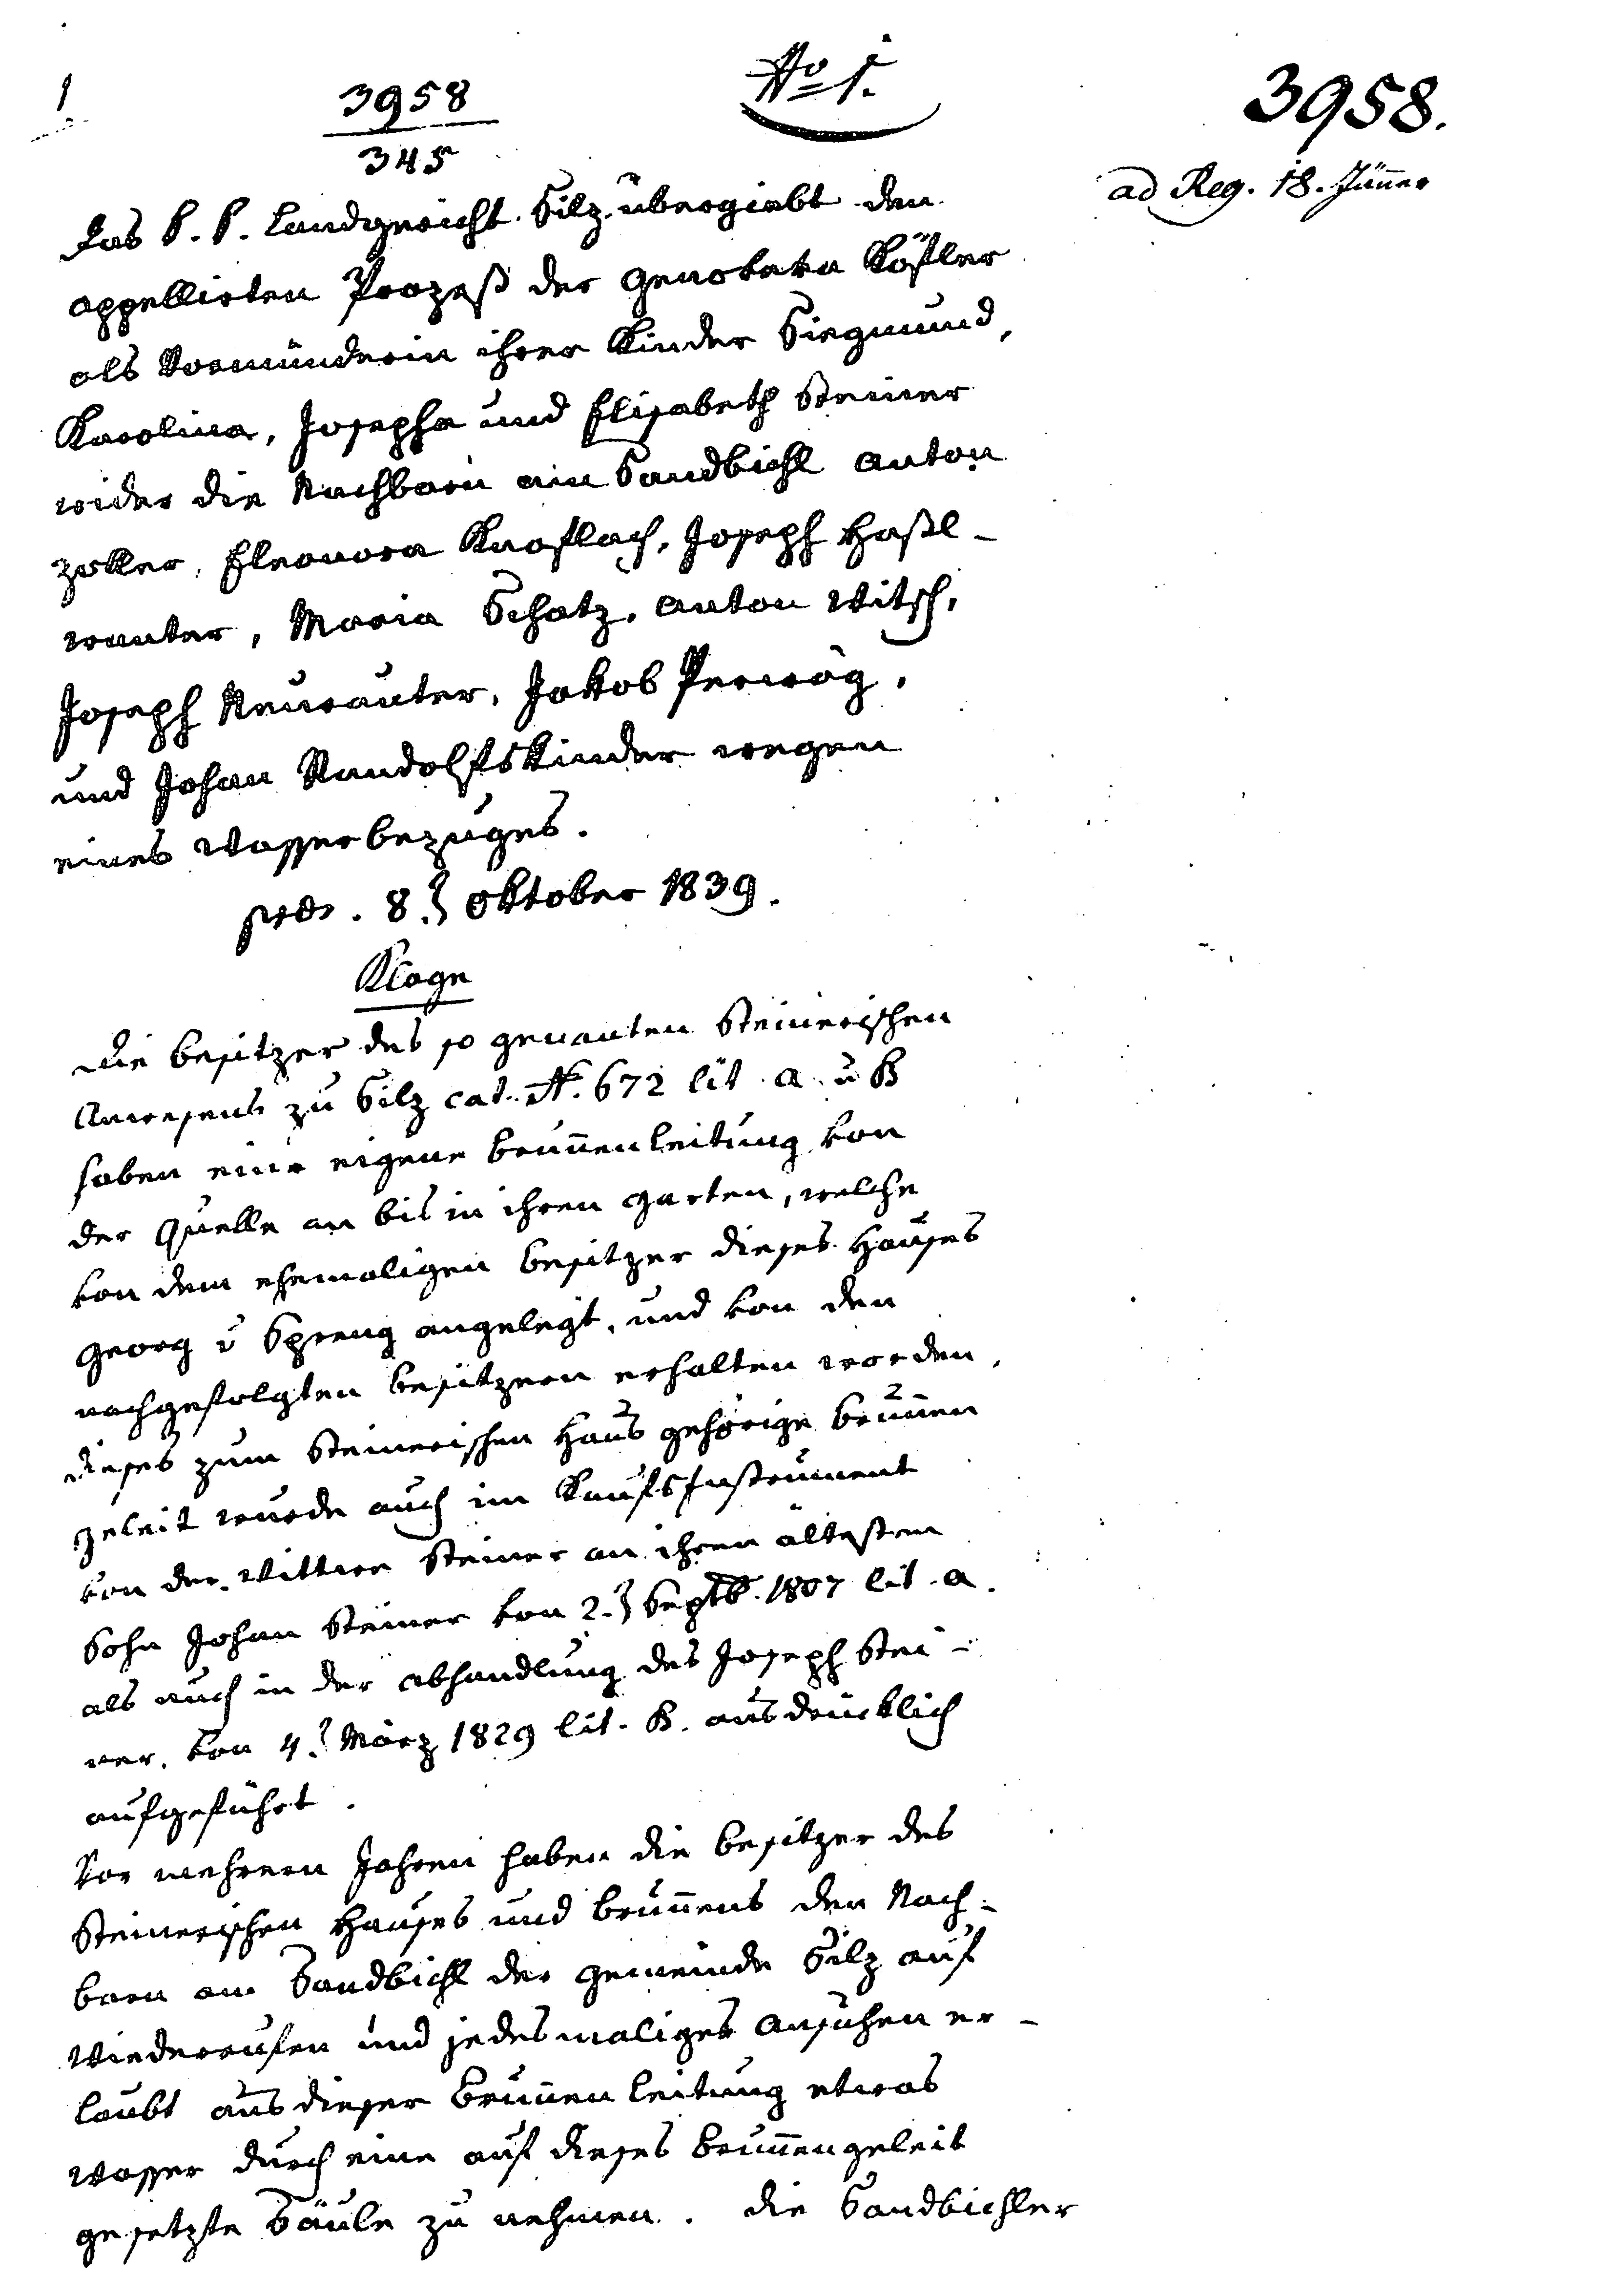
№ 1.
3958
345
Das P. P. Landgericht Silz übergiebt den
appelierten Prozeß der Genoveva Köfler
als Vormünderin ihrer Kinder Sigmund,
Karolina, Josepha und Elisabeth Steiner
wider die Nachbarn am Sandbichl Anton
Zoller, Eleonora Knoflach, Joseph Haßl¬
wanter, Maria Schatz, Anton Witsch,
Joseph Neurauter, Jakob Perwög,
und Johan Randolfs Kinder wegen
eines Wasserbezuges.
pros. 8. ten Oktober 1839.
Klage
Die Besitzer des so genanten steinerischen
Anwensens zu Silz cat. N. 672 lit. A u. B
haben eine eigene Brunnen Leitung von
der Quelle an bis in ihren Garten, welche
von dem ehemaligen Besitzer dieses Hauses
Georg v. Spreng angelegt, und von den
nachgefolgten Besitzern erhalten worden.
Dieses zum steinerischen Haus gehörige Brunnen¬
geleit wurde auch im Kaufstestament
von der Wittwe Steiner an ihren ältesten
Sohn Johann Steiner von 2. ten Septb. 1807 lit. a.
als auch in der Abhandlung des Joseph Stei¬
ner. Vom 4. ten März 1829 lit. K. ausdrücklich
aufgeführt.
Vor mehreren Jahren haben die Besitzer des
steinerischen Hauses und brunnens den Nach¬
barn am Sandbichl der gemeinde Silz auf
Wiederrufen und jedes maliges Ansuchen er¬
laubt aus dieser Brunnen Leitung etwas
Wasser durch eine auf dieses Brunnengeleit
gesetzte Säule zu nehmen. Die Sandbichler

3958.
ad Reg. 18. Jänner